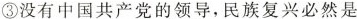
③没有中国共产党的领导，民族复兴必然是